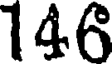
146